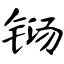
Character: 铴